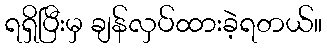
ရရှိပြီးမှ ချန်လှပ်ထားခဲ့ရတယ်။